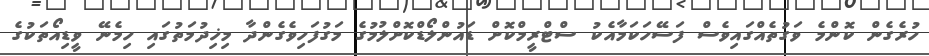
ހުރެގެން ކޮންމެ ވަގުތެއްގައިވެސް ފަސޭހަކަމާއެކު ސްޓްރީމްކޮށް ޑައުންލޯޑްކޮށްލުމުގެ މަގުފަހިވެގެންދާ މިޚިދުމަތުގައި ހިމެނޭ ވީޑިއޯތަކުގެ